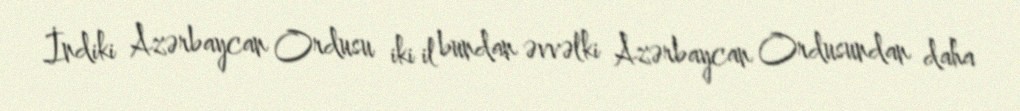
İndiki Azərbaycan Ordusu iki il bundan əvvəlki Azərbaycan Ordusundan daha